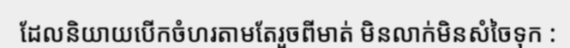
ដែលនិយាយបើកចំហរតាមតែរួចពីមាត់ មិនលាក់មិនសំចៃទុក :